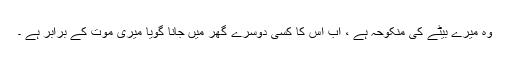
وہ میرے بیٹے کی منکوحہ ہے ، اب اس کا کسی دوسرے گھر میں جانا گویا میری موت کے برابر ہے ۔